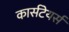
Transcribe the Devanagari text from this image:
कार्सटेयर्स